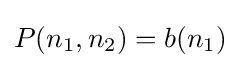
P(n_{1},n_{2})=b(n_{1})